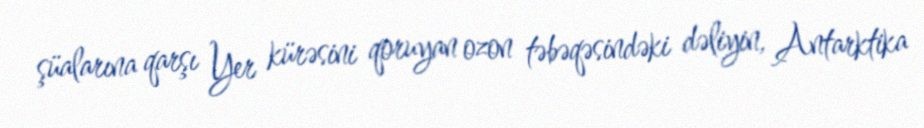
şüalarına qarşı Yer kürəsini qoruyan ozon təbəqəsindəki dəliyin, Antarktika